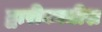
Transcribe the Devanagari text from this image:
द्वारीकाधीश